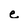
Character: e